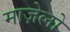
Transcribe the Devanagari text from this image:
माज़ेलो